Vaccination in Burma 1920-1933 - 1920-1933
Year: 1920
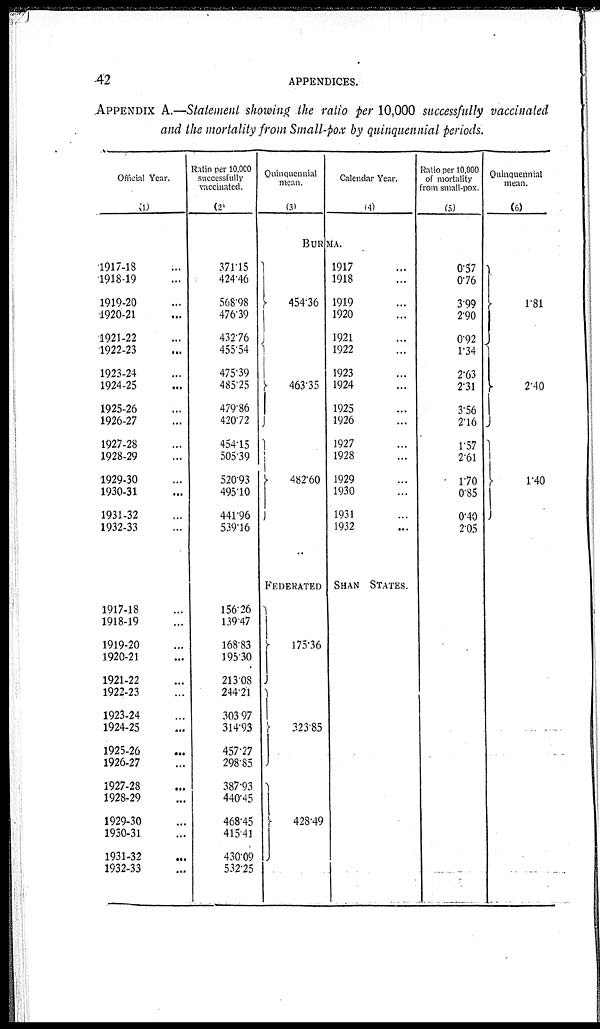
42
APPENDICES.
APPENDIX A.—Statement showing the ratio per 10,000 successfully vaccinated
and the mortality from Small-pox by quinquennial periods.
Official Year.
(1)
1917-18...
1918-19...
1919-20...
1920-21...
1921-22...
1922-23...
1923-24...
1924-25...
1925-26...
1926-27...
1927-28...
1928-29...
1929-30...
1930-31...
1931-32...
1932-33...
1917-18...
1918-19...
1919-20...
1920-21...
1921-22...
1922-23...
1923-24...
1924-25...
1925-26...
1926-27...
1927-28... ...
1928-29...
1929-30... ...
1930-31... ...
1931-32... ...
1932-33... ...
Ratio per 10,000
successfully
vaccinated.
(2)
371.15
424.46
568.98
476.39
432.76
455.54...
475.39
485.25
479.86
420.72
454.15
505.39
520.93
495.10
441.96
539.16
156.26
139.47
168.3
195.30
213.08...
244.21
303.97
314.93
457.27
298.85
387.93
440.45
468.45
415.41
430.09
532.25
Quinquennial
mean.
(3)
Calendar Year.
(4)
BURMA.
454.36
463.35
482.60
1917...
1918...
1919...
1920...
1921...
1922...
1923...
1924...
1925...
1926...
1927...
1928...
1929...
1930... ...
1931...
1932...
FEDERATED SHAN STATES.
175.36
323.85
428.49
Ratio per 10,000
of mortality
from small-pox.
(5)
0.57
0.76
3.99
2.90
0.92
1.34
2.63
2.31
3.56
2.16
1.57
2.61
1.70
0.85
0.40
2.05
Quinquennial
mean.
(6)
1.81
2.40
1.40